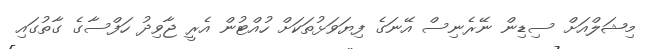
މިޝަލްއަށް ސިޑިން ނޭރެނިސް އޭނަގެ ފިޔަވަޅުތަކަށް ހުއްޓުން އެރީ ޖާވިދު ހަފްސާގެ ގާތުގައި